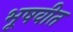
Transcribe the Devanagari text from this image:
भूषवीत